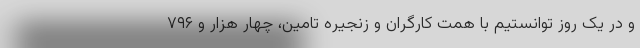
و در یک روز توانستیم با همت کارگران و زنجیره تامین، چهار هزار و ۷۹۶